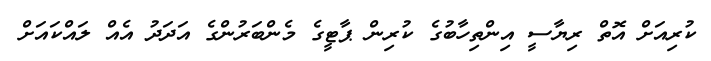
ކުރިއަށް އޮތް ރިޔާސީ އިންތިހާބުގެ ކުރިން ޕާޓީގެ މެންބަރުންގެ އަދަދު އެއް ލައްކައަށް